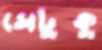
সেটুকু